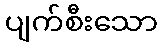
ပျက်စီးသော